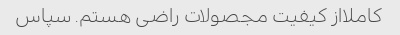
کاملااز کیفیت مجصولات راضی هستم. سپاس